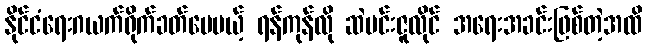
နိုင်ငံရေးဂယက်ရိုက်ခတ်ပေမယ့် ရန်ကုန်လို ဆဲဗင်းဇူလိုင် အရေးအခင်းဖြစ်တဲ့အထိ